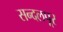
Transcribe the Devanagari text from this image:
सन्दलपूर